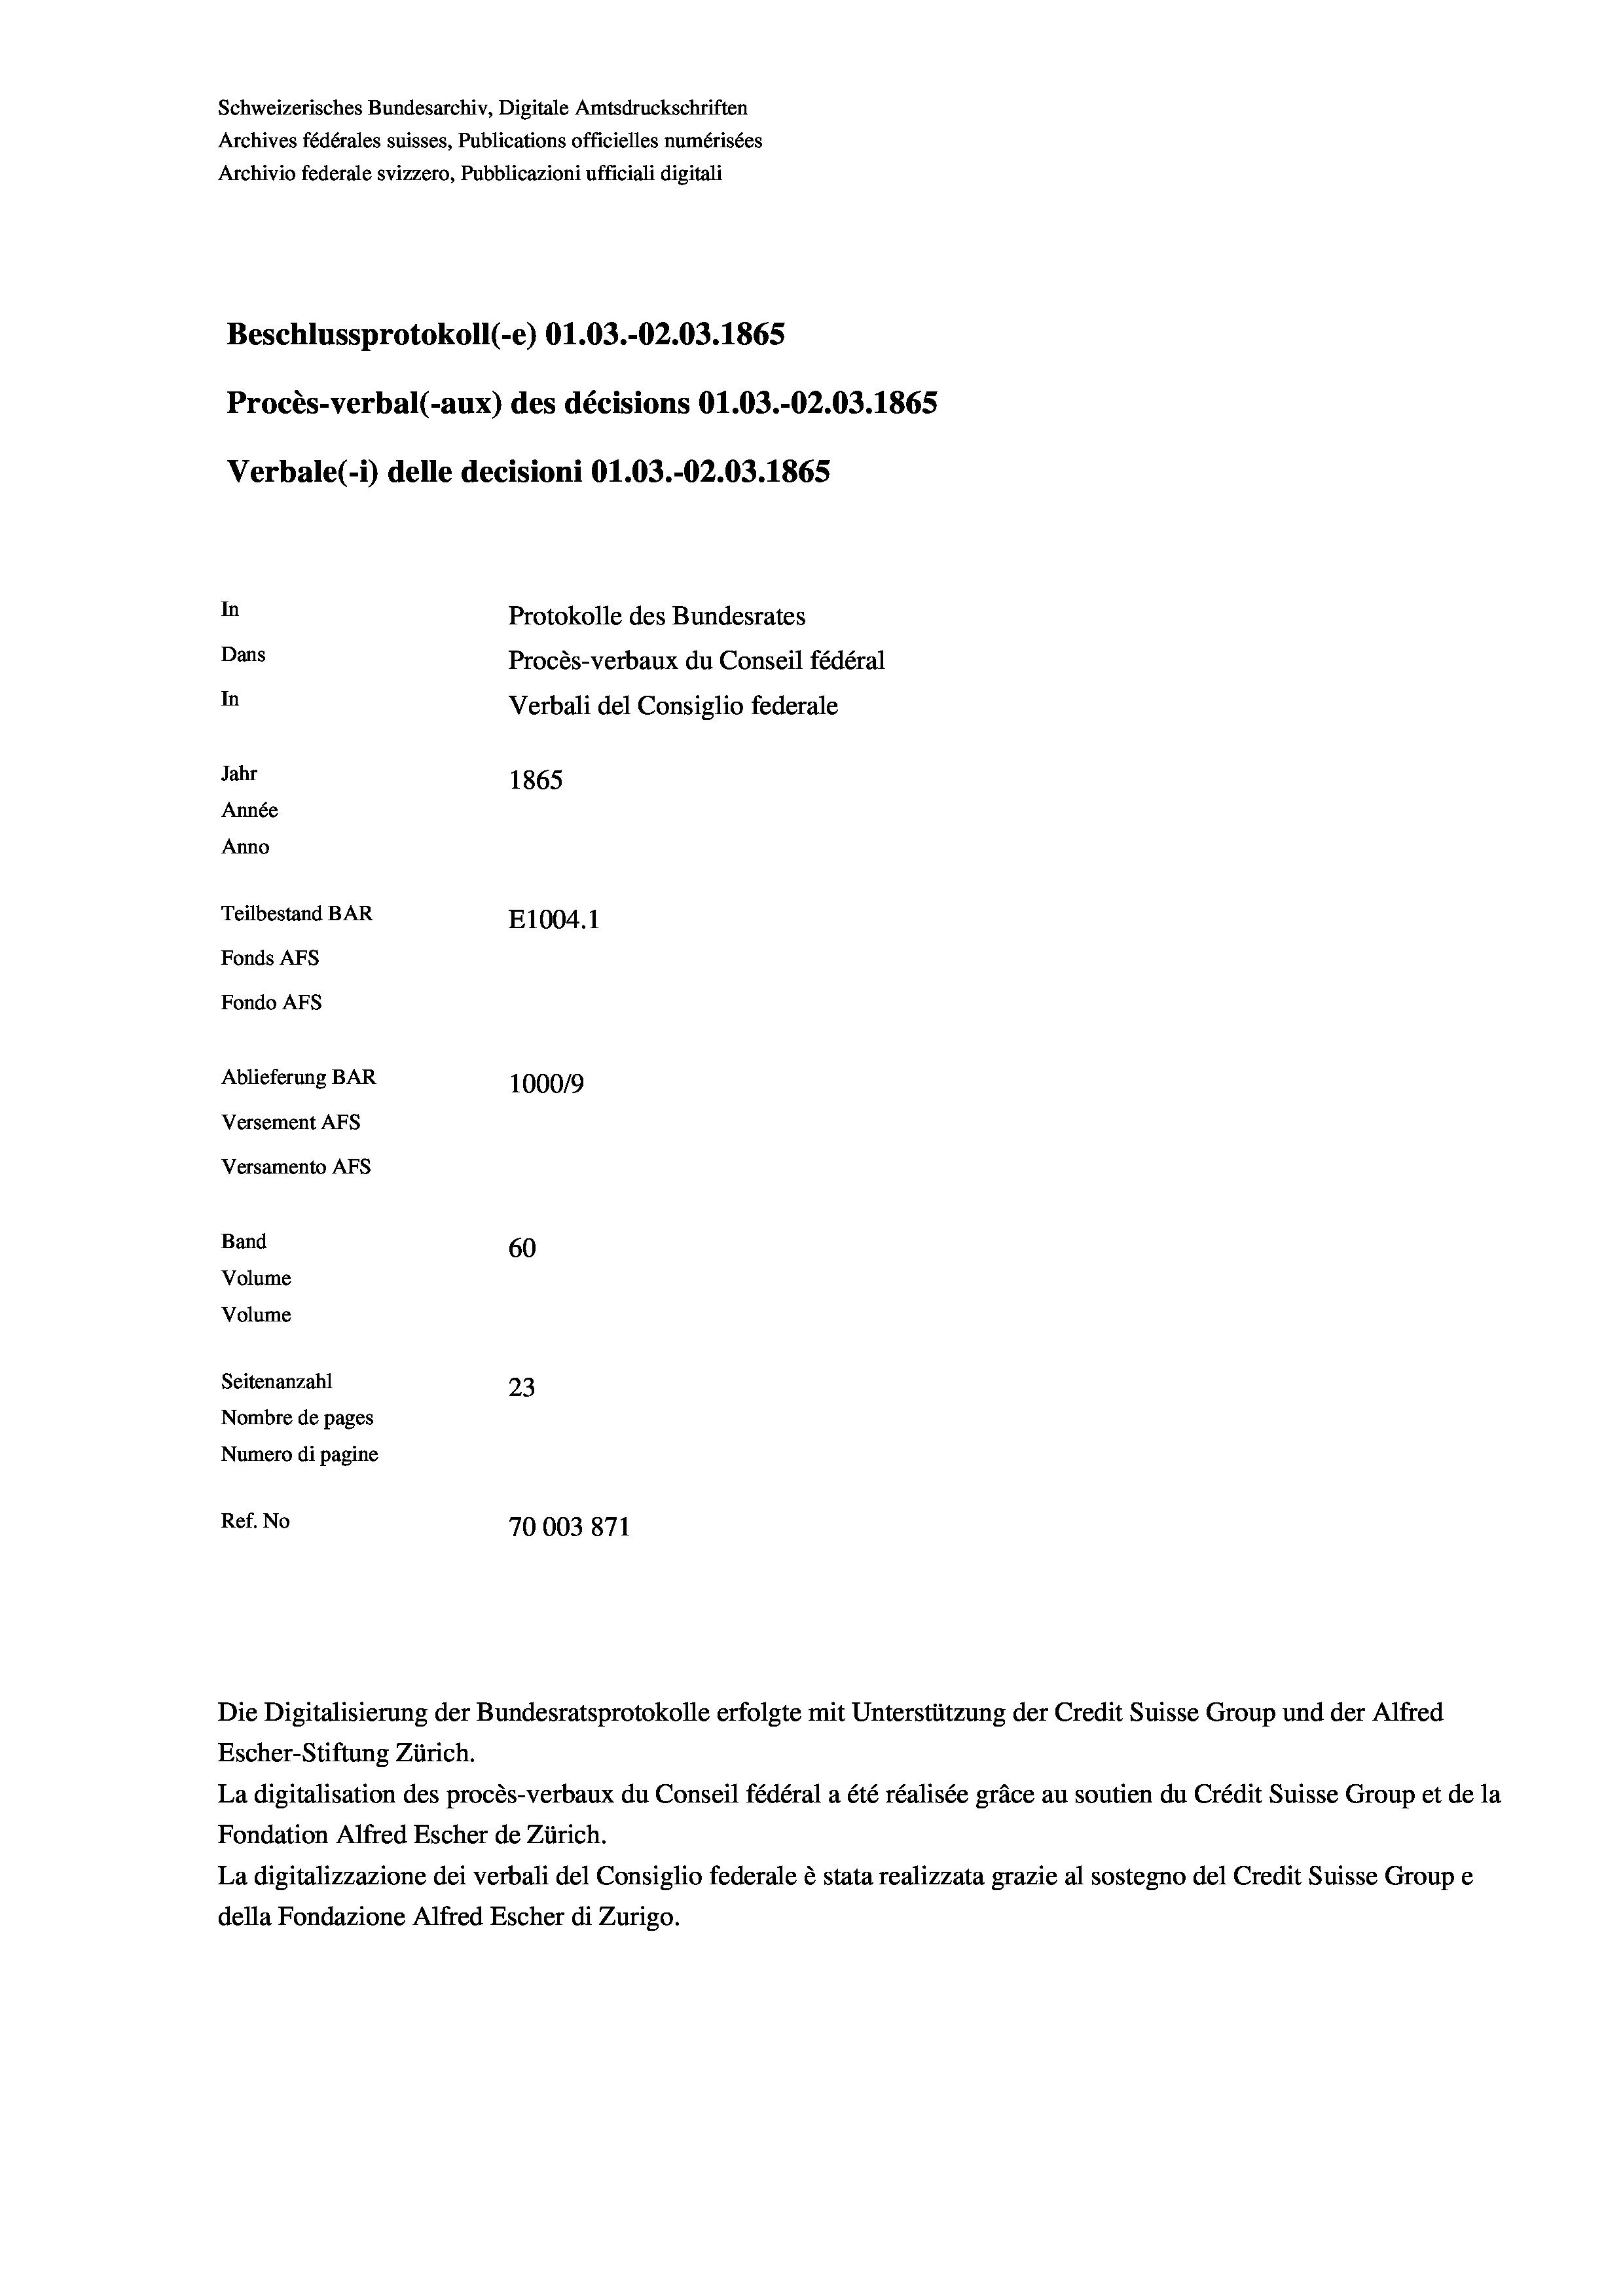
Schweizerisches Bundesarchiv, Digitale Amtsdruckschriften
Archives fédérales suisses, Publications officielles numérisées
Archivio federale svizzero, Pubblicazioni ufficiali digitali
Beschlussprotokoll (-e) O1.03.-O2.03. 1865
Procès-verbal (-aux) des décisions O1.03.-O2.03. 1865
Verbale (- 1) delle decisioni O1.03.-O2.03. 1865
In
Protokolle des Bundesrates
Dans
Procès-verbaux du Conseil fédéral
In
Verbali del Consiglio federale
Jahr
1865
Année
Anno
Teilbestand BAR
E1004.1
Fonds AFs
Fondo Afs
Ablieferung BAR
100019
Versement AFs
Versamento AFs
Band
60
Volume
Volume
Seitenanzahl
23
Nombre de pages
Numero di pagine
Ref. No
70003871

Fondation Alfred Escher de Zürich.
La digitalizzazione dei verbali del Consiglio federale è stata realizzata grazie al sostegno del Credit Suisse Groupe
della Fondazione Alfred Escher di Zurigo.

Escher-Stiftung Zürich.

5

Die Digitalisierung der Bundesratsprotokolle erfolgte mit Unterstützung der Credit Suisse Group und der Alfred
La digitalisation des procès-verbaux du Conseil fédéral a été réalisée gräce au soutien du Crédit Suisse Group et de la